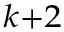
_ { k + 2 }